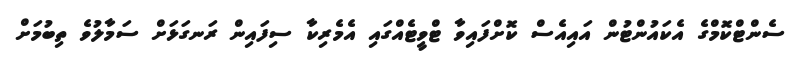
ސެންޓްކޮމްގެ އެކައުންޓުން އައިއެސް ކޮށްފައިވާ ޓްވީޓެއްގައި އެމެރިކާ ސިފައިން ރަނގަޅަށް ސަމާލުވެ ތިބުމަށް